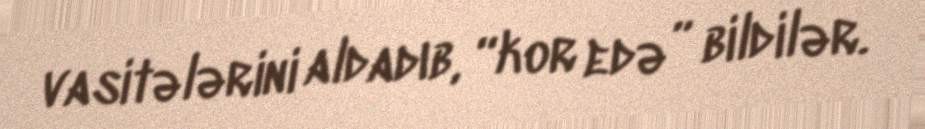
vasitələrini aldadıb, “kor edə” bildilər.